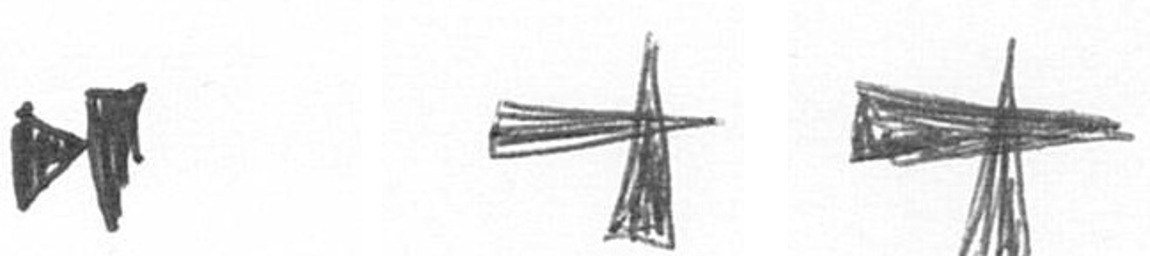
M G G